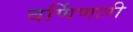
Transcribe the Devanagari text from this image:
वर्णिणारी